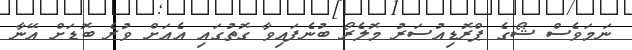
ނަމަވެސް ޝޯގެ ޕްރޮޑިއުސަރު މޮލެރޯ ބުނެފައިވާ ގޮތުގައި އެއަށް ވުރެ ބޮޑަށް އޭނާ